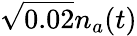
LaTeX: \sqrt{0.02}n_{a}(t)